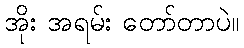
အိုး အရမ်း တော်တာပဲ။